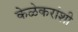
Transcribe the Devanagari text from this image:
केळेकरांशी